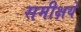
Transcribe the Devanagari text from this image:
समीक्षये